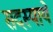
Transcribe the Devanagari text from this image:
सदस्यायें